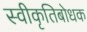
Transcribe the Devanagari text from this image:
स्वीकृतिबोधक